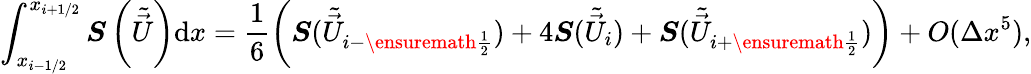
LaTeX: \int_{x_{i-1/2}}^{x_{i+1/2}}\boldsymbol{S}\left(\tilde{\vec{U}}\right)\mathrm{d}x=\frac{1}{6}\left(\boldsymbol{S}(\tilde{\vec{U}}_{i-\ensuremath{{\frac{1}{2}}}})+4\boldsymbol{S}(\tilde{\vec{U}}_{i})+\boldsymbol{S}(\tilde{\vec{U}}_{i+\ensuremath{{\frac{1}{2}}}})\right)+\textit{O}(\Delta x^{5}),